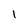
Character: l